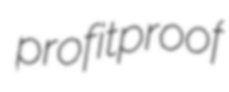
profitproof